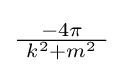
{\textstyle {\frac {-4\pi }{~k^{2}+m^{2}~}}}